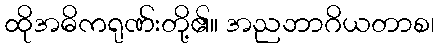
ထိုအဓိကရုဏ်းတို့၏။ အညဘာဂိယတာစ၊